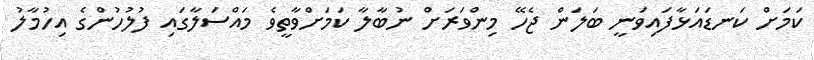
ކަމަށް ކަނޑައަޅާފައިވަނީ ބަލަން ޖެހޭ މިންވަރަށް ނުބާލާ ކަމަށްވާތީވެ މައްސަލާގައި ފުލުހުންގެ އިހުމާލު